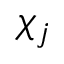
\chi _ { j }